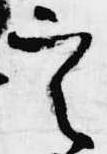
定